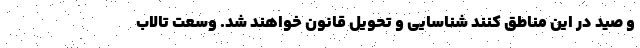
و صید در این مناطق کنند شناسایی و تحویل قانون خواهند شد. وسعت تالاب